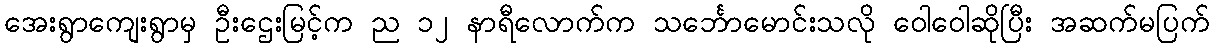
အေးရွာကျေးရွာမှ ဦးဌေးမြင့်က ည ၁၂ နာရီလောက်က သင်္ဘောမောင်းသလို ဝေါဝေါဆိုပြီး အဆက်မပြက်